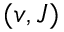
( v , J )